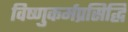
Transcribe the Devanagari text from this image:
विष्णुकर्मप्रसिद्धि